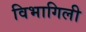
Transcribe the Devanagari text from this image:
विभागिली